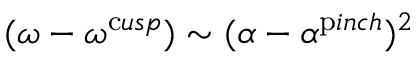
( \omega - \omega ^ { \mathrm { c } u s p } ) \sim ( \alpha - \alpha ^ { \mathrm { p } i n c h } ) ^ { 2 }